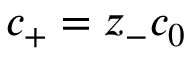
c _ { + } = z _ { - } c _ { 0 }